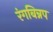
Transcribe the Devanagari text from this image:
रंगबिन्नप